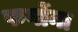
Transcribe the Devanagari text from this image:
फर्गोना